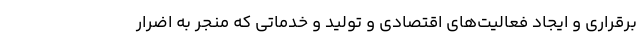
برقراری و ایجاد فعالیت‌های اقتصادی و تولید و خدماتی که منجر به اضرار